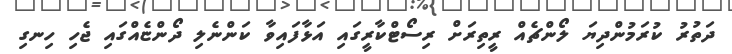
ދަތުރު ކުރަމުންދިޔަ ލޯންޗެއް ރީތިރަށް ރިސޯޓްކާރީގައި އަޅާފައިވާ ކަންނެލި ދޯންޏެއްގައި ޖެހި ހިނގި